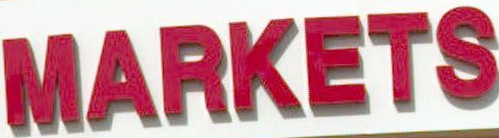
MARKETS